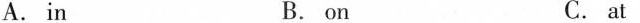
A.in B.on C.at